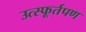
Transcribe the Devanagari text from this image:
उत्स्फूर्तपण